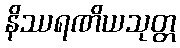
နိဿရဏိယသုတ္တ